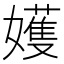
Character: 嬳